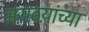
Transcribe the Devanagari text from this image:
मराठय़ांच्या